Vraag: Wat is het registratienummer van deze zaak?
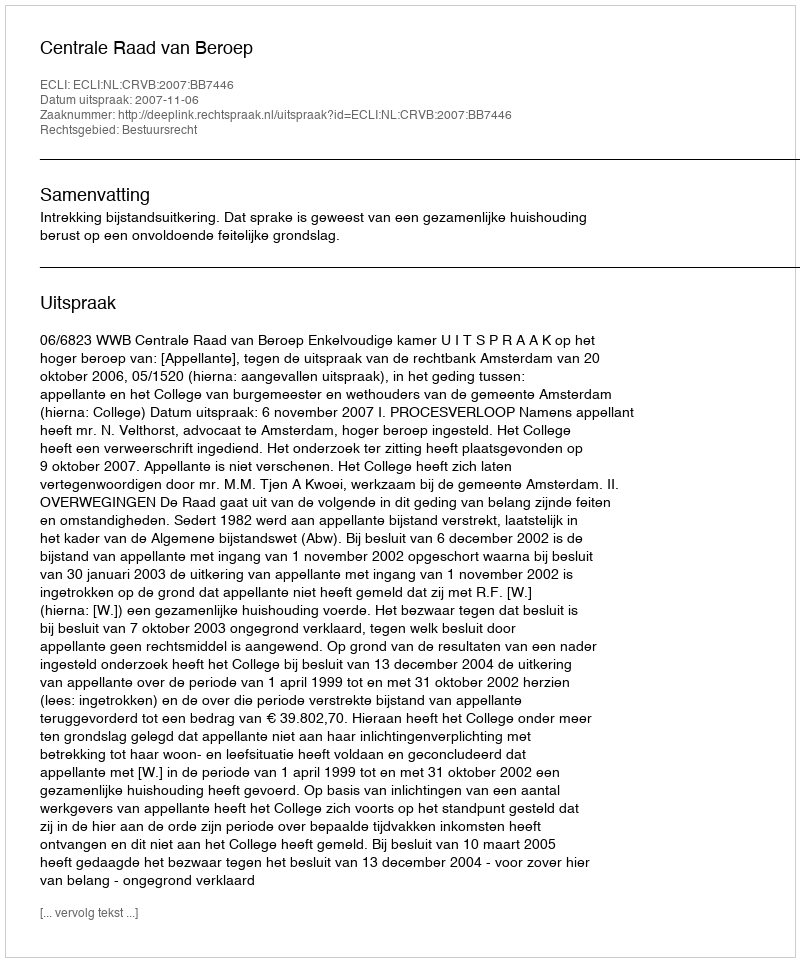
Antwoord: http://deeplink.rechtspraak.nl/uitspraak?id=ECLI:NL:CRVB:2007:BB7446